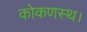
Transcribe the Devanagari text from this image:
कोकणस्थ।